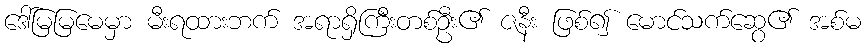
ဒေါ်မြမြမေမှာ မီးရထားဘက် အရာရှိကြီးတစ်ဦး၏ ဇနီး ဖြစ်၍ မောင်သက်ဆွေ၏ အစ်မ